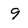
Character: 9